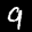
Label: 9